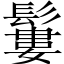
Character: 𩯁